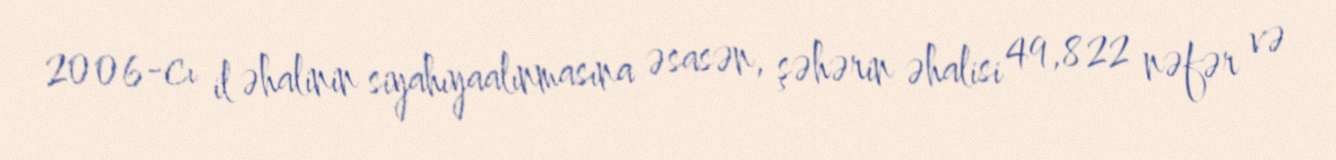
2006-cı il əhalinin siyahıyaalınmasına əsasən, şəhərin əhalisi 49,822 nəfər və